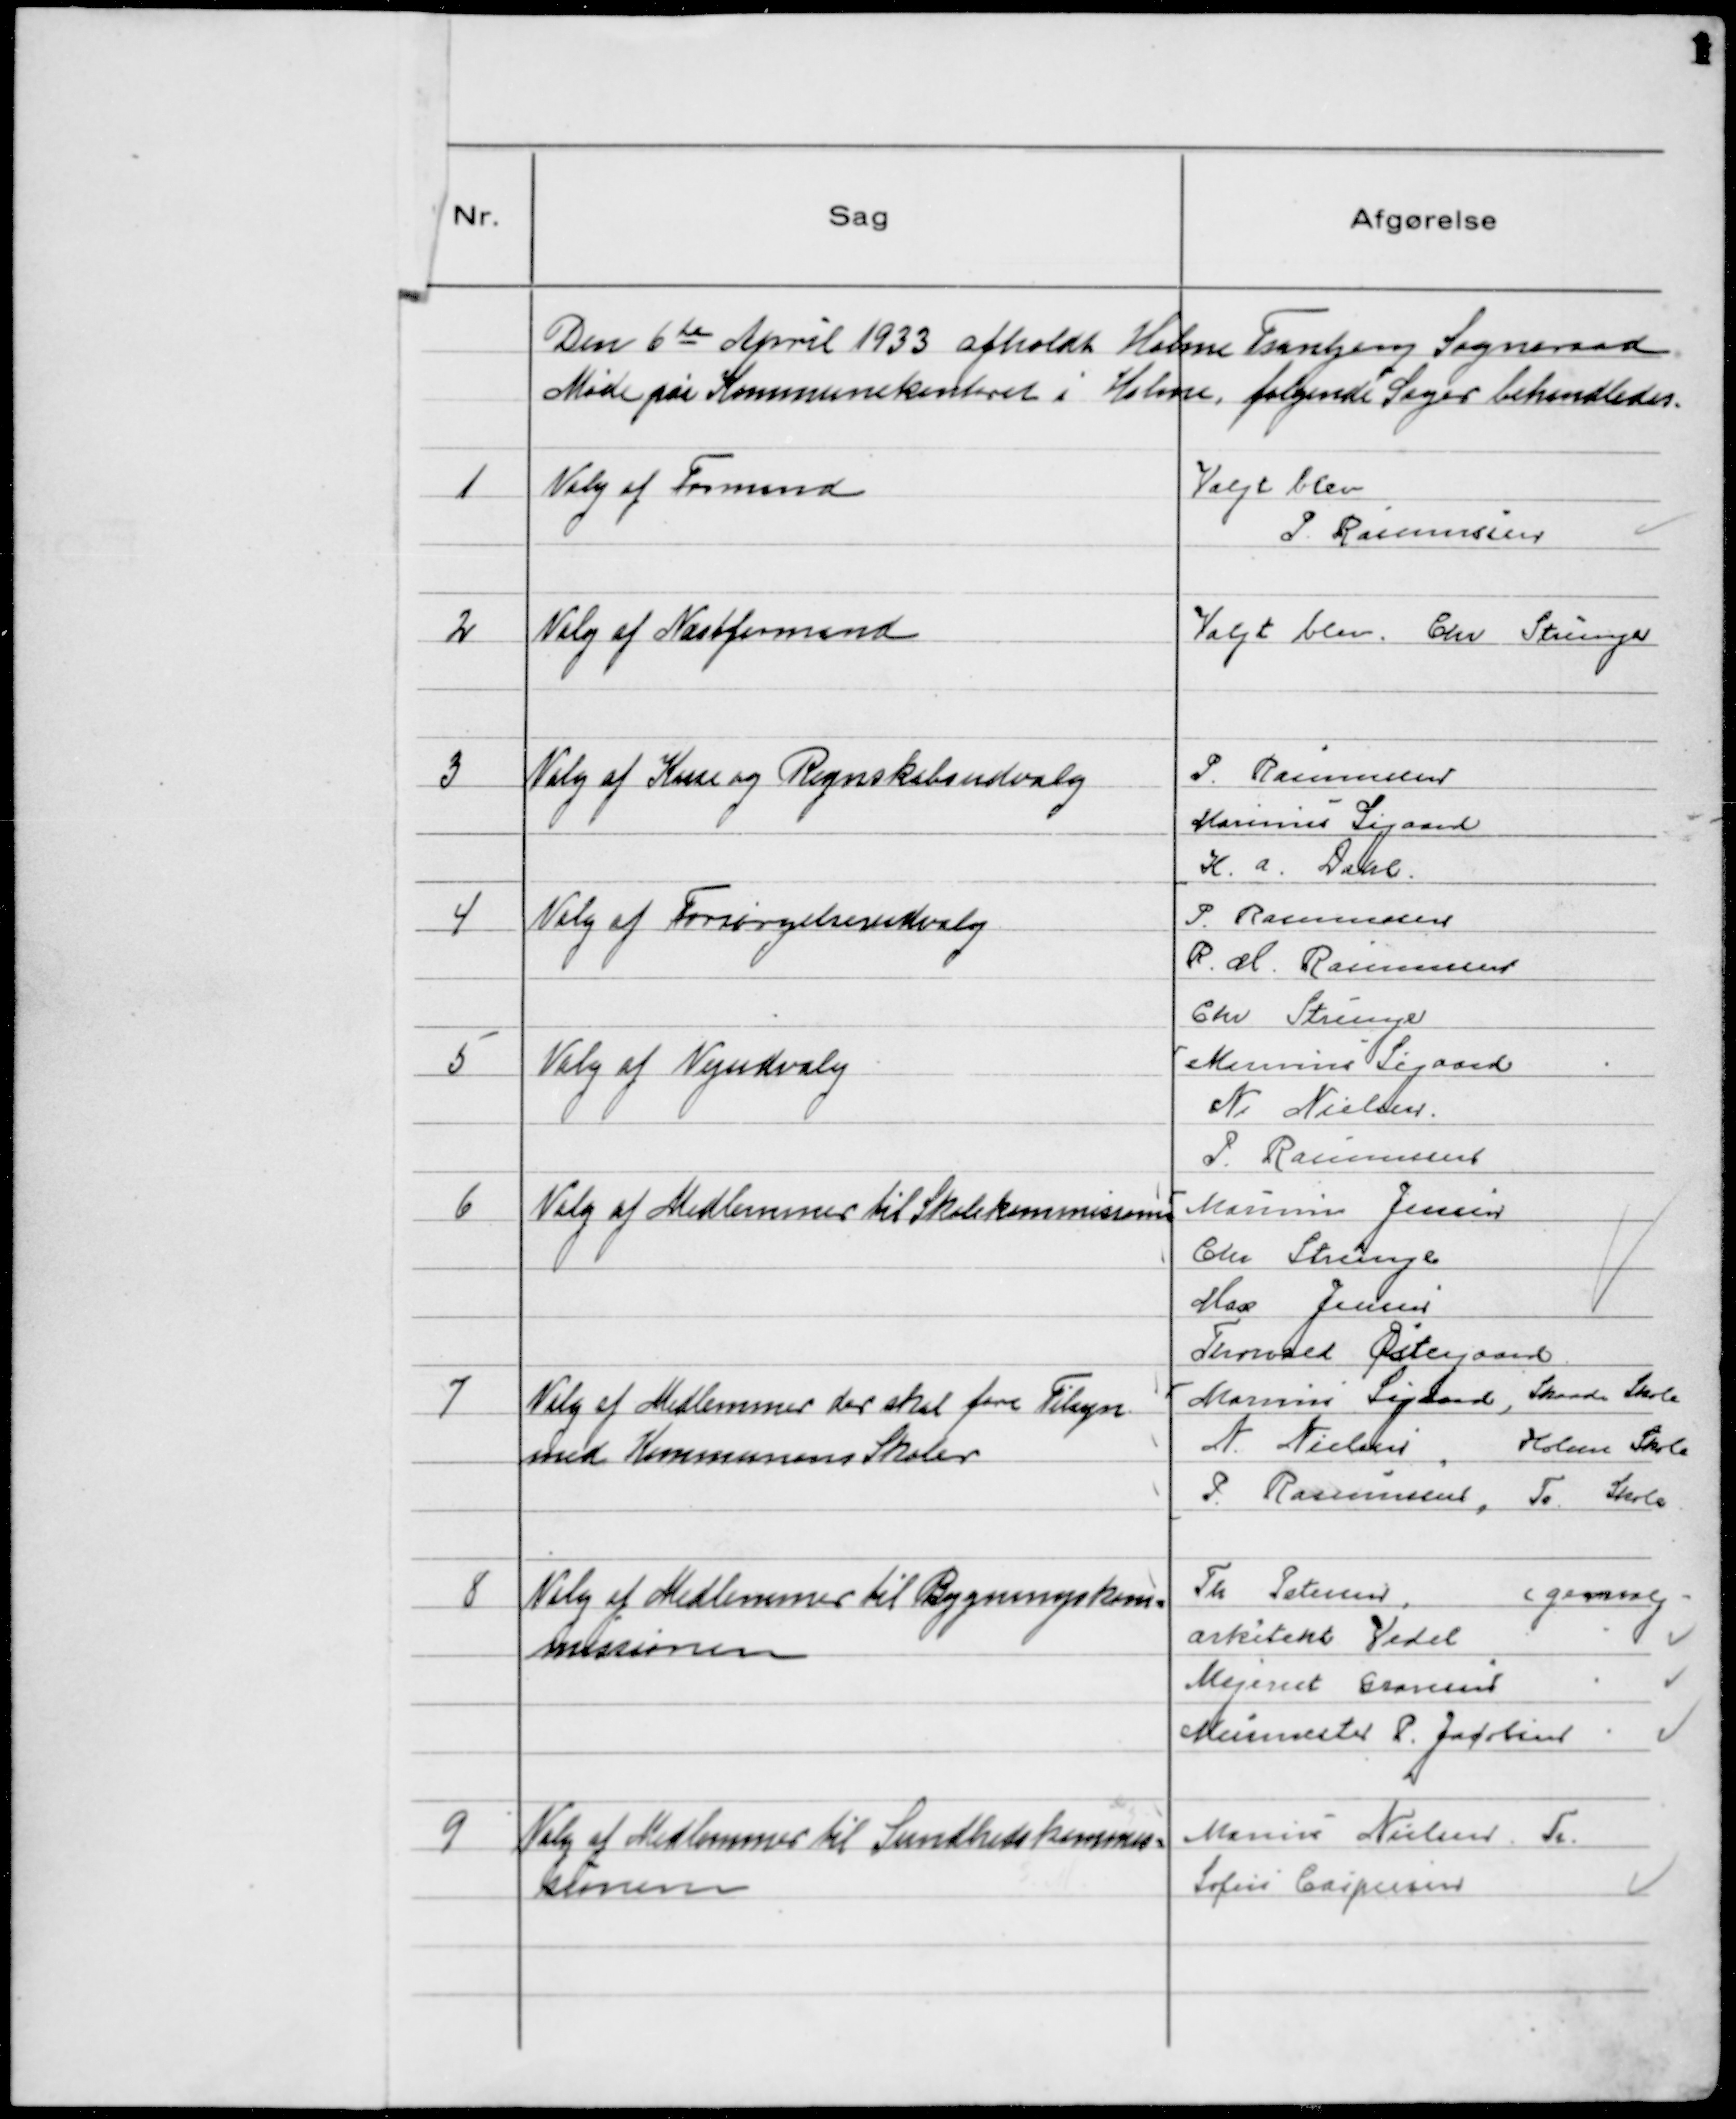
Transskription:
Den 6 de April 1933 afholdt Holme Tranbjerg Sogneraad
Møde paa Kommunekontoret i Holme, følgende Sager behandledes.

1
Valg af Formand

Valgt blev
P. Rasmussen

2
Valg af Næstformand

Valgt blev Chr. Strunge

3
Valg af Kasse og Regnskabsudvalg

P. Rasmussen
Marinus Sigaard
K. A. Dahl

4
Valg af Forsørgelsesudvalg

P. Rasmussen
R. M. Rasmussen
Chr Strunge

5
Valg af Vejudvalg

Marinus Sigaard
N. Nielsen
P. Rasmussen

6
Valg af Medlemmer til Skolekommisionen

Marinus Jensen
Chr Strunge
Max Jensen
Thorvald Østergaard

7
Valg af Medlemmer der skal føre Tilsyn
med Kommunens Skoler

Marinus Sigaard, Skaade Skole
N. Nielsen
Holme Skole
P. Rasmussen. Tr. Skole

8
Valg af Medlemmer til Bygningskom-
missionen

Th. Petersen,
(genvalg)
"
Arkitekt Vedel
"
Mejerist Gravesen
Murmester P. Jacobsen "

9
Valg af Medlemmer til Sundhedskommis-
sionen

Marius Nielsen. Tr.
Sofus Caspersen